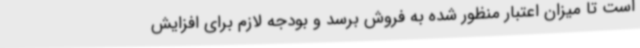
است تا میزان اعتبار منظور شده به فروش برسد و بودجه لازم برای افزایش